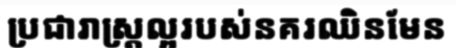
ប្រជារាស្ត្រល្អរបស់នគរឈិនមែន